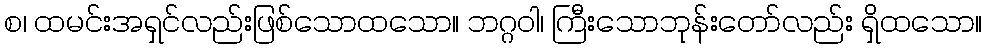
စ၊ ထမင်းအရှင်လည်းဖြစ်သောထသော။ ဘဂ္ဂဝါ၊ ကြီးသောဘုန်းတော်လည်း ရှိထသော။